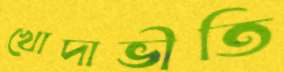
খোদাভীতি